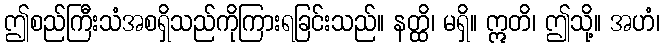
ဤစည်ကြီးသံအစရှိသည်ကိုကြားရခြင်းသည်။ နတ္ထိ၊ မရှိ။ ဣတိ၊ ဤသို့။ အဟံ၊